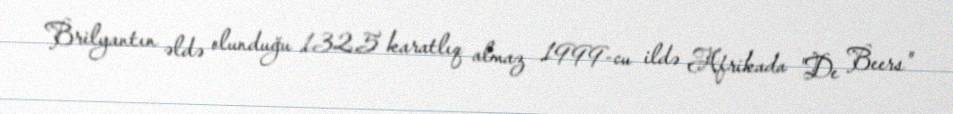
Brilyantın əldə olunduğu 132,5 karatlıq almaz 1999-cu ildə Afrikada "De Beers"